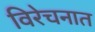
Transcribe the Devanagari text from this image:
विरेचनात